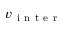
v _ { \mathrm { ~ i ~ n ~ t ~ e ~ r ~ } }